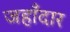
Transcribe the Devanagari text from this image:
जहाँदार